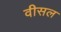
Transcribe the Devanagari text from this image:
वीसल